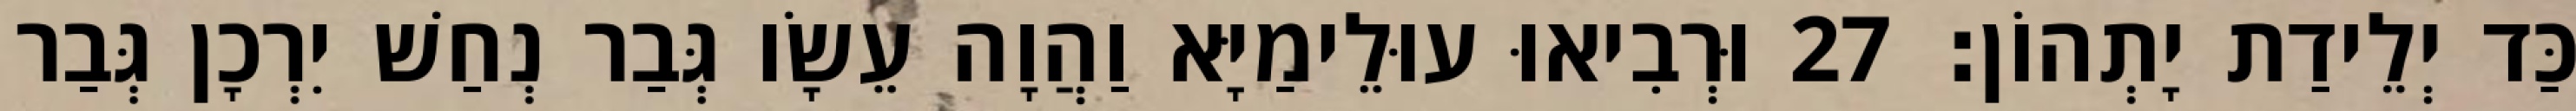
כַּד יְלֵידַת יָתְהוֹן׃ 27 וּרְבִיאוּ עוּלֵימַיָּא וַהֲוָה עֵשָׂו גְּבַר נְחַשׁ יִרְכָן גְּבַר